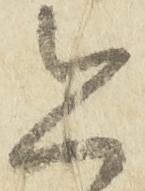
恐